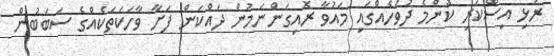
ރުޅި އިސްކުރި ކޮންމެ ދުވަހެއްގައި މައުވާ ރޮއިގަންނަމުން ދައްކަން ފަށާ ވާހަކަތަކެއްގެ ސަބަބުން